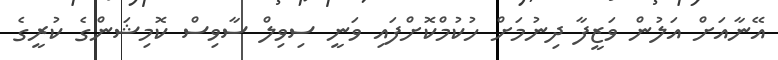
އޭނާއަށް އަލުން ވަޒީފާ ދިނުމަށް ހުކުމްކޮށްފައި ވަނީ ސިވިލް ސާވިސް ކޮމިޝަންގެ ކުރީގެ